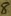
Text: 8